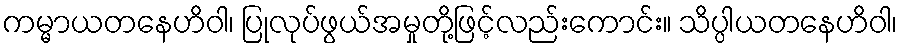
ကမ္မာယတနေဟိဝါ၊ ပြုလုပ်ဖွယ်အမှုတို့ဖြင့်လည်းကောင်း။ သိပ္ပါယတနေဟိဝါ၊